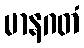
မာနဂတံ